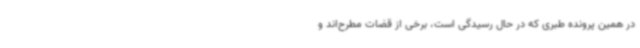
در همین پرونده طبری که در حال رسیدگی است، برخی از قضات مطرح‌اند و